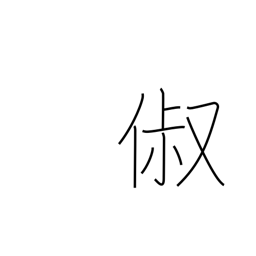
Meaning: good